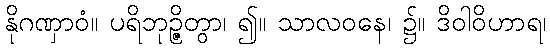
နိုဂဏှာဝံ။ ပရိဘုဉ္ဇိတွာ၊ ၍။ သာလဝနေ၊ ၌။ ဒိဝါဝိဟာရ၊